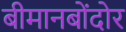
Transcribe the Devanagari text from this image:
बीमानबोंदोर